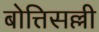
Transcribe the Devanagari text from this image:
बोत्तिसल्ली